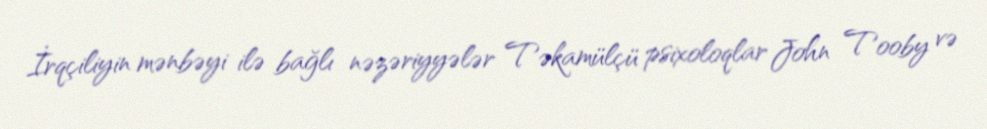
İrqçiliyin mənbəyi ilə bağlı nəzəriyyələr Təkamülçü psixoloqlar John Tooby və